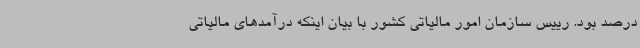
درصد بود. رییس سازمان امور مالیاتی کشور با بیان اینکه درآمدهای مالیاتی